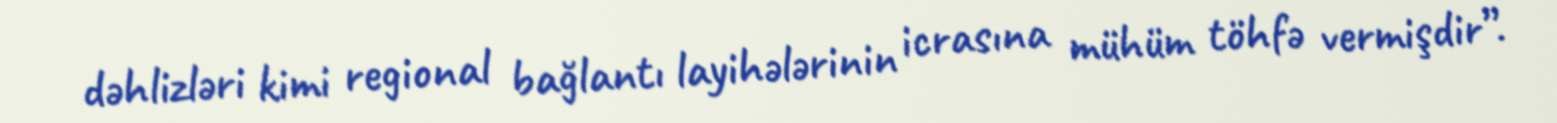
dəhlizləri kimi regional bağlantı layihələrinin icrasına mühüm töhfə vermişdir”.